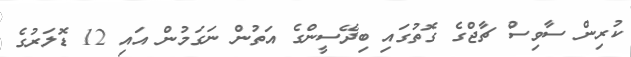
ކުރިން ސާވިސް ޗާޖްގެ ގޮތުގައި ބިދޭސީންގެ އަތުން ނަގަމުން އައި 12 ޑޮލަރުގެ